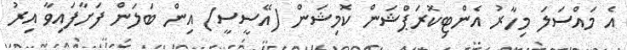
އެ މައްސަލަ މިހާރު އެންޓިކޮރަޕްޝަން ކޮމިޝަން (އޭސީސީ) އިން ބަލަން ފަށާފައިވާ އިރު